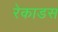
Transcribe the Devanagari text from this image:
रेकाडस